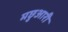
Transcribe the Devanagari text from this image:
मछुआरी